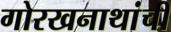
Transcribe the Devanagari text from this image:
गोरखनाथांची